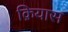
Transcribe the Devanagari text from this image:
क़ियास